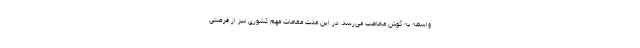
واسطه به گوش مخاطب می‌رسد. در این مدت مقامات مهم کشوری نیز از فرصتی